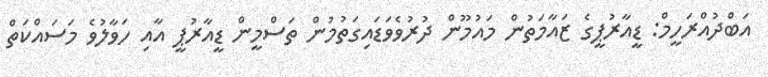
އަބްދުއްރަހީމް: ޑީއާރުޕީގެ ޒައާމަތުން މައުމޫން ދުރުވެވަޑައިގަތުމުން ތަސްމީން ޑީއާރުޕީ އާއި ހަވާލުވެ މަސައްކަތް